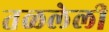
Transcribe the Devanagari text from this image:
तळलेली